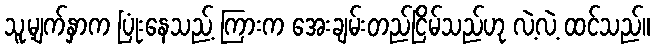
သူ့မျက်နှာက ပြုံးနေသည့် ကြားက အေးချမ်းတည်ငြိမ်သည်ဟု လဲ့လဲ့ ထင်သည်။